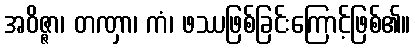
အဝိဇ္ဇာ၊ တဏှာ၊ ကံ၊ ဖဿဖြစ်ခြင်းကြောင့်ဖြစ်၏။